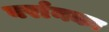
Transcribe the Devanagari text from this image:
बर्रानका